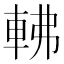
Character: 𨋥